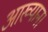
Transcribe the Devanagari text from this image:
आख्यान।